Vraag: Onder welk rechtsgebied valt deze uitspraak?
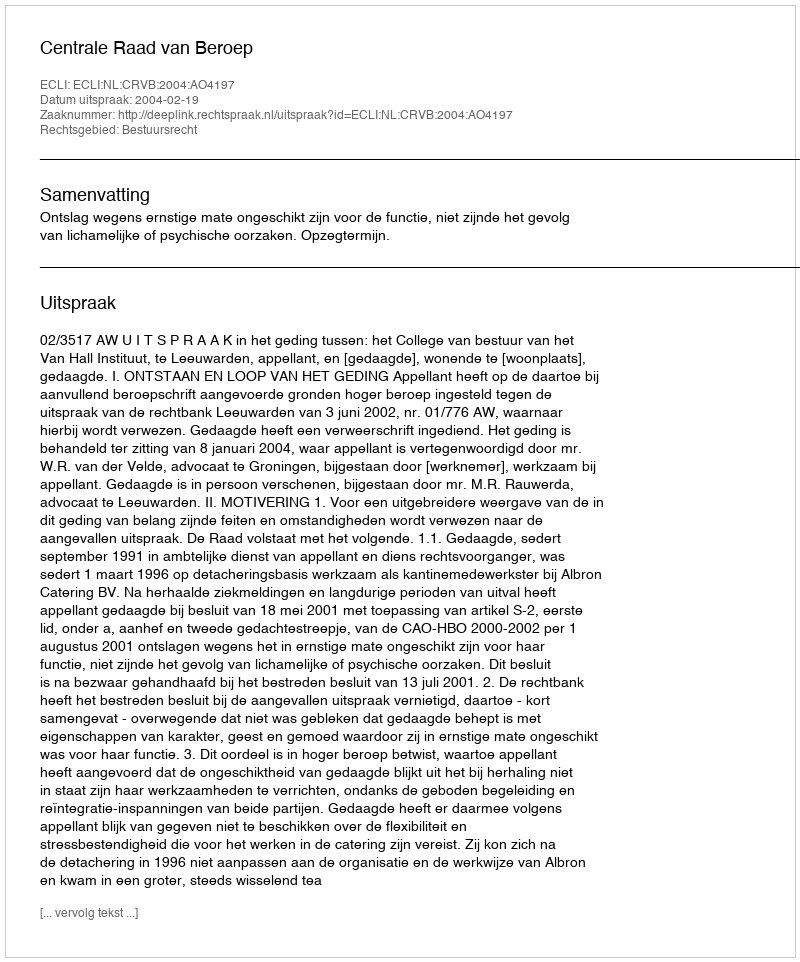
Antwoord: Bestuursrecht